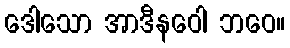
ဒေါသော အာဒီနဝေါ ဘဝေ။